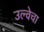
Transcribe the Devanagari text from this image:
उल्वेचा